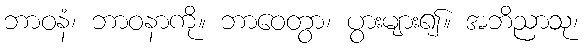
ဘာဝနံ၊ ဘာဝနာကို။ ဘာဝေတွာ၊ ပွားများ၍။ အဘိညာသု၊